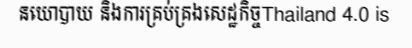
នយោបាយ និងការគ្រប់គ្រងសេដ្ឋកិច្ចThailand 4.0 is